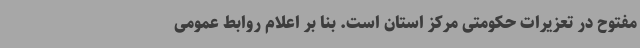
مفتوح در تعزیرات حکومتی مرکز استان است. بنا بر اعلام روابط عمومی